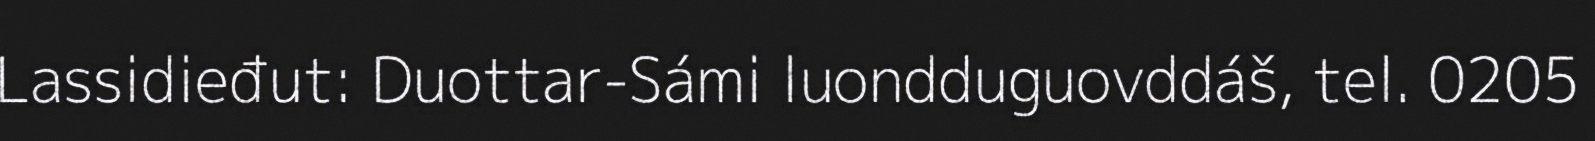
Lassidieđut: Duottar-Sámi luondduguovddáš, tel. 0205